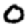
Digit: 0